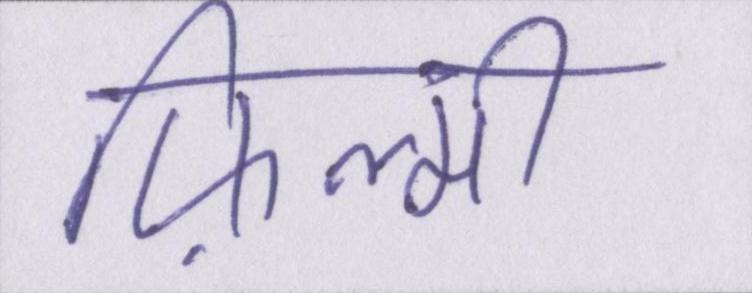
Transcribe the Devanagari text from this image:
फ़िल्मी